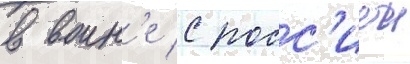
в воин'е с росс'иеи